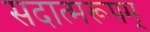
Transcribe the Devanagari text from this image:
सदात्मरूपम्